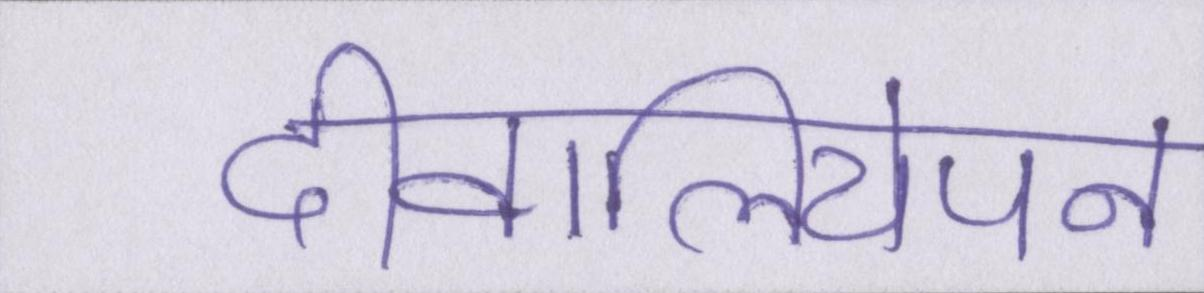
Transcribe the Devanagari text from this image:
दीवालियेपन